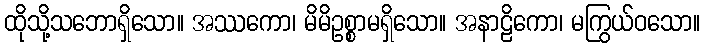
ထိုသို့သဘောရှိသော။ အဿကော၊ မိမိဥစ္စာမရှိသော။ အနာဠိကော၊ မကြွယ်ဝသော။